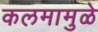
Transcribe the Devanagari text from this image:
कलमामुळे